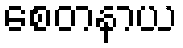
စေတနာယ